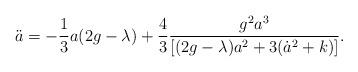
LaTeX: \begin{align*} \ddot a = -\frac 13 a(2 g - \lambda) +\frac43\frac{g^2a^3}{[(2g- \lambda)a^2+ 3(\dot a^2 +k)]}.\end{align*}